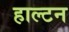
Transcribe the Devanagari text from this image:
हाल्टन